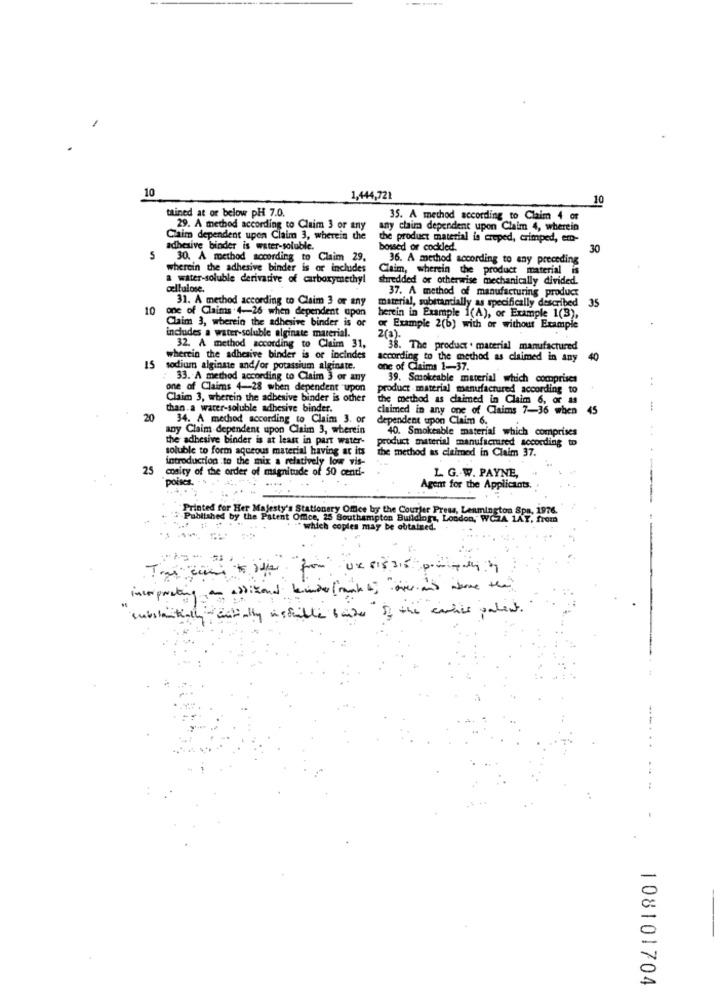
10
1,444,721
10
tained at or below pH 7.0.
35. A method according to Claim 4 or
29. A method according to Claim 3 or any
any claim dependent upon Claim 4, wherein
Claim dependent upon Claim 3, wherein the
the product material is creped, crimped, em-
adhesive binder is water-soluble.
bossed or cockled.
30
30. A method according to Claim 29,
36. A method according to any preceding
wherein the adhesive binder is or includes
Claim, wherein the product material is
a water-soluble derivative of carboxymethyl
shredded or otherwise mechanically divided.
cellulose.
31. A method according to Claim 3 or any
37. A method of manufacturing product
35
10
one of Claims 4-26 when dependent upon
material, substandally as specifically described
Claim 3, wherein the adhesive binder is or
herein in Example 1(A), or Example 1(3),
or Example 2(b) with or without Example
includes a water-soluble alginate material.
32. A method according to Claim 31,
38. The product . material manufactured
15
wherein the adhesive binder is or incindes
according to the method as claimed in any
40
sodium alginate and/or potassium alginate.
one of Claims 1-37.
33. A method according to Claim 3 or any
39. Smokeable material which comprises
one of Claims 4-28 when dependent upon
product material manufactured according to
Claim 3, wherein the adbesive binder is other
the method as claimed in Claim 6, or as
than a water-soluble adhesive binder.
claimed in any one of Claims 7-36 when 45
20
34. A mechod according to Claim 3. or
dependent upon Claim 6.
any Claim dependent upon Claim 3, wherein
40. Smokeable material which comprises
the adhesive binder is at least in part water-
product material manufactured according
soluble to form aqueous material having at its
the method as claimed in Claim 37.
introduction to the mix a relatively low vis-
25
cosity of the order of magnitude of 50 centi-
pois
L. G. W. PAYNE,
Agent for the Applicants.
Printed for Her Majesty's Stationery Office by the Courier Press, Leamington Spa. 1976.
Published by the Patent Omce, 25 Southampton Buildlogi, London, WCA 1AT, from
which copies may be obtained.
Incorporating an aplicand kinder (mak ) "over and dance the )
substantially entially istible bande of the carhis potent.
. .
.....
108101704